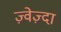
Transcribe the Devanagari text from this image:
ज़्वेज़्दा